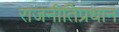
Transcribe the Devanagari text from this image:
राजनीतिप्रधान